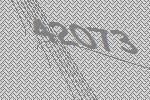
42073